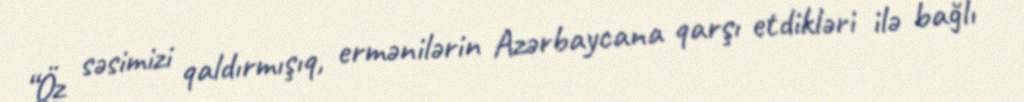
“Öz səsimizi qaldırmışıq, ermənilərin Azərbaycana qarşı etdikləri ilə bağlı